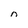
Character: n